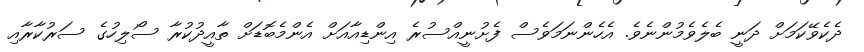
ދެކެވޭކަމަށް ދަނީ ބެލެވެމުންނެވެ. އެހެންނަމަވެސް ފެށުނީއްސުރެ އިންޑިއާއަށް އެންމެބޮޑަށް ތާއީދުކުރާ ސޯލިހުގެ ސަރުކާރާއި